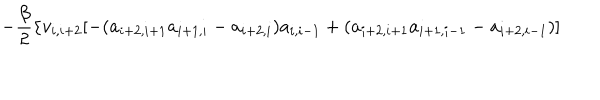
- \frac { \beta } { 2 } \{ v _ { i , i + 2 } [ - ( a _ { i + 2 , i + 1 } a _ { i + 1 , i } - a _ { i + 2 , i } ) a _ { i , i - 1 } + ( a _ { i + 2 , i + 1 } a _ { i + 1 , i - 1 } - a _ { i + 2 , i - 1 } ) ]